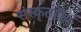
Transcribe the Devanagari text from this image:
संस्कृतहीन